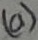
Text: (a)